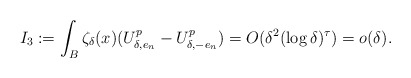
\begin{align*} I_3:=\int_{B} \zeta_\delta(x)(U_{\delta,e_n}^p-U_{\delta,-e_n}^p)=O(\delta^2(\log \delta)^\tau)=o(\delta) .\end{align*}